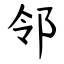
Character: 邻